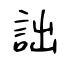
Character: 詘